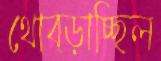
থোব্‌ড়াচ্ছিল